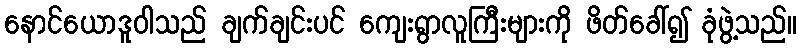
နောင်ယောဒူဝါသည် ချက်ချင်းပင် ကျေးရွာလူကြီးများကို ဖိတ်ခေါ်၍ ခုံဖွဲ့သည်။